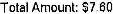
TOTAL AMOUNT: $7.60